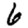
Digit: 6